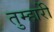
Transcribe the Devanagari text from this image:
तुम्हारीे